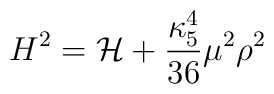
H^2= {\cal H}+ \frac{\kappa_5^4}{36}\mu^2\rho^2